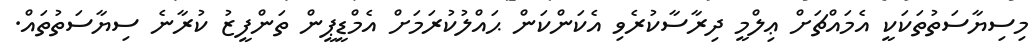
މިސިޔާސަތުތަކަކީ އެމައްޗަށް ޢިލްމީ ދިރާސާކުރެވި އެކަންކަން ޙައްލުކުރަމަށް އެމްޑީޕީން ތަންފީޒު ކުރާނެ ސިޔާސަތުތައް.